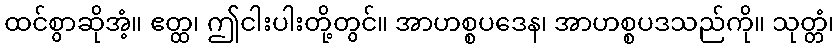
ထင်စွာဆိုအံ့။ ဧတ္ထ၊ ဤငါးပါးတို့တွင်။ အာဟစ္စပဒေန၊ အာဟစ္စပဒသည်ကို။ သုတ္တံ၊